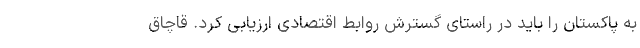
به پاکستان را باید در راستای گسترش روابط اقتصادی ارزیابی کرد. قاچاق